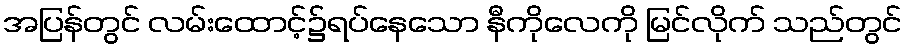
အပြန်တွင် လမ်းထောင့်၌ရပ်နေသော နီကိုလေကို မြင်လိုက် သည်တွင်